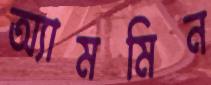
অ্যামমিন